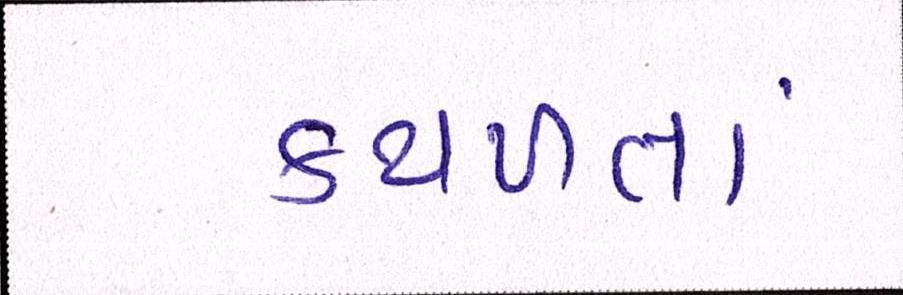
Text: કથળતાં